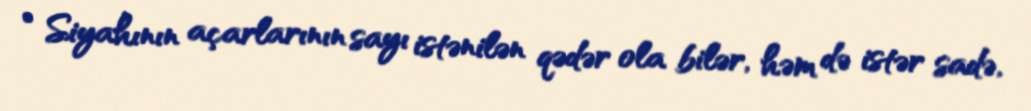
• Siyahının açarlarının sayı istənilən qədər ola bilər, həm də istər sadə,